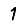
Digit: 1